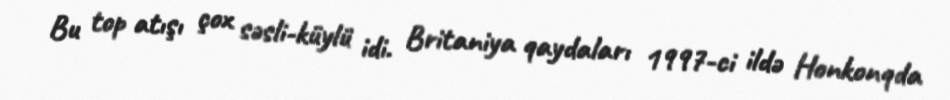
Bu top atışı çox səsli-küylü idi. Britaniya qaydaları 1997-ci ildə Honkonqda